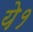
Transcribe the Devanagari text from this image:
ये१